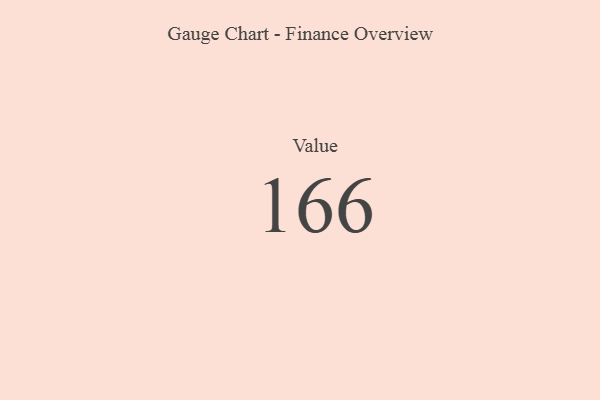
{"axis": {"x": "Metric", "y": "Value"}, "legend": [""], "data": [{"x": "Value", "y": 166, "type": ""}]}